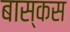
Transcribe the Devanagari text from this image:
बास्कस